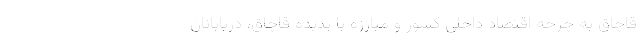
قاچاق به چرخه اقتصاد داخلی کشور و مبارزه با پدیده قاچاق، دریابانان